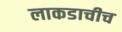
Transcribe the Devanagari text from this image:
लाकडाचीच